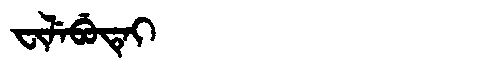
Manchu: ᠸᡳᠯᡝᠪᡠᡨᡝᡳ
Romanization: FILEBUTEI